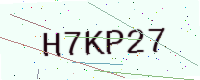
Text: H7KP27